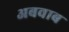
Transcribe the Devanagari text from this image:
अबवाब